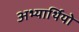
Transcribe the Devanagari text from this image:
अभ्यार्थियो